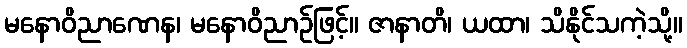
မနောဝိညာဏေန၊ မနောဝိညာဉ်ဖြင့်။ ဇာနာတိ၊ ယထာ၊ သိနိုင်သကဲ့သို့။